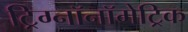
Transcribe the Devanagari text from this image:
ट्रिग्नॉनॉमेट्रिक